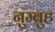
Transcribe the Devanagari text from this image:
नुम्बुह